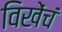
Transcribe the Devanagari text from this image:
विखेंचं